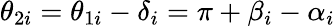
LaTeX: \theta_{2i}=\theta_{1i}-\delta_{i}=\pi+\beta_{i}-\alpha_{i}